Civil Veterinary Department. Madras. Admin. report 1926-33 - 1926-1933
Year: 1926
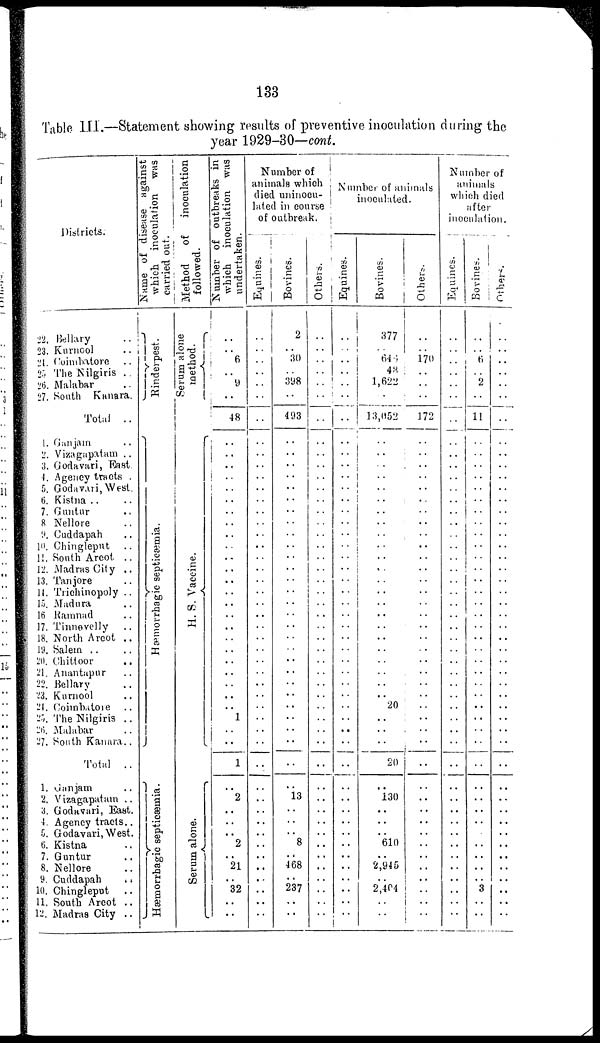
133
Table III.—Statement showing results of preventive inoculation during the
year 1929-30—cont.
Districts.
22. Bllary ..
23. Knrnool ..
24. Coimbatore ..
25. The Nilgiris ..
26. Malabar
27. South Kanara.
Total ..
1. Ganjam ..
2. Vizagtipatam ..
3. Godavari, East
4. Agency tracts
5. Godavari, West.
6. Kistna .. ..
7. Guntur ..
8 Nellore ..
9. Cuddapah ..
10. Chingleput
..
11. South Arcot ..
12. Madras City ..
13. Tanjore ..
11. Trichinopoly ..
15, Madura
16 Ramnad ..
17. Tinnevelly ..
18. North Arcot ..
19. Salem .. ..
20. Chittoor ..
21. Anantapur ..
22. Bellary ..
23. Kurnool ..
24. Coimbatore ..
25.The Nilgiris ..
26. Malabar
27. South Kanara ..
Total ..
1. Ganjam ..
2, Vizagapatam ..
3. Godavari, East.
4. Agency tracts ..
5. Godavari,West.
6. Kistna ..
7. Guntur ..
8. Nellore ..
9. Cuddapah
..
10. Chingleput
..
11. South Arcot ..
12. Madras City ..
Name of disease against
which inoculation was
carried out.
Rinderpest.
Hæmorrhagic septicæmia.
Hæmorrhagic septicæmia.
Method
of
inoculation
followed.
Serum alone
method.
H. S. Vaccine.
Se r
um a l
one .
Number of outbreaks in
which inoculation was
undertaken.
..
..
6
..
9
..
48
..
..
..
..
..
..
..
..
..
..
..
..
..
..
..
..
..
..
..
..
..
..
..
..
1
..
..
1
..
2
..
..
..
2
..
21
..
32
..
..
Number of
animals which
died uninocu-
lated in course
of
outbreak.
Equines.
..
..
..
..
..
..
..
..
..
..
..
..
..
..
..
..
..
..
..
..
..
..
..
..
..
..
..
..
..
..
..
..
..
..
..
..
..
..
..
..
..
..
..
..
..
..
....
Bovines.
2
.. 30
..
398
..
493
..
..
..
..
..
..
..
..
..
..
..
..
..
..
..
..
..
..
..
..
..
..
..
..
..
..
..
..
..
13
..
..
..
8
..
468
..
237
..
..
Others.
..
..
..
..
..
..
..
..
..
..
..
..
..
..
..
..
..
..
..
..
..
..
..
..
..
..
..
..
..
..
..
..
..
..
..
..
..
..
..
..
..
..
..
..
..
..
..
Number of animals
inoculated.
Equines.
..
..
..
..
..
..
..
..
..
..
..
..
..
..
..
..
..
..
..
..
..
..
..
..
..
..
..
..
..
..
..
..
..
..
..
..
..
..
..
..
..
..
..
..
..
..
..
Bovines.
377
.. 646
48
1,622
..
13,052
..
..
..
..
..
..
..
..
..
..
..
..
..
..
..
..
..
..
..
..
..
..
..
20
..
..
..
20
..
130
..
..
..
610
..
2,945
..
2,404
..
..
Others.
..
.. 170
..
..
..
172
..
..
..
..
..
..
..
..
..
..
..
..
..
..
..
..
..
..
..
..
..
..
..
..
..
..
..
..
..
..
..
..
..
..
..
..
..
..
..
Number of
animals
which died
after
inoculation.
Equines.
..
..
..
..
..
..
..
..
..
..
..
..
..
..
..
..
..
..
..
..
..
..
..
..
..
..
..
..
..
..
..
..
..
..
..
..
..
..
..
..
..
..
..
..
..
..
..
Bovines.
..
.. 6
..
2
..
11
..
..
..
..
..
..
..
..
..
..
..
..
..
..
..
..
..
..
..
..
..
..
..
..
..
..
..
..
..
..
..
..
..
..
..
..
..
3
..
..
Others.
..
..
..
..
..
..
..
..
..
..
..
..
..
..
..
..
..
..
..
..
..
..
..
..
..
..
..
..
..
..
..
..
..
..
..
..
..
..
..
..
..
..
..
..
..
..
..